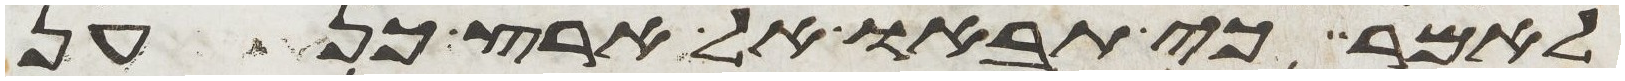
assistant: לאמר כי תבאו אל ארץ כנען